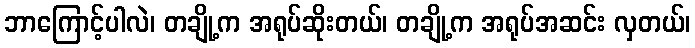
ဘာကြောင့်ပါလဲ၊ တချို့က အရုပ်ဆိုးတယ်၊ တချို့က အရုပ်အဆင်း လှတယ်၊